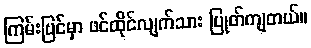
ကြမ်းပြင်မှာ ဖင်ထိုင်လျက်သား ပြုတ်ကျတယ်။